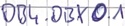
Text: DB4.DBX0.1